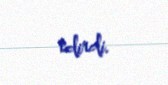
edirdi.